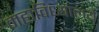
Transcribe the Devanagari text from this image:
महाविध्यालये